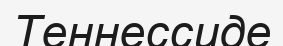
Теннессиде